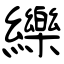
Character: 纅